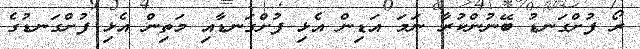
ރޯ ފުށްގަނޑު ބޭނުންކުރާ ނަމަ އަޑިން އެޅި ފުށްގަނޑާއި މަތިން އެޅި ފުށްގަނޑުގެ